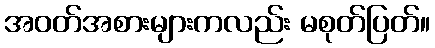
အဝတ်အစားများကလည်း မစုတ်ပြတ်။